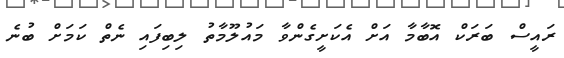
ރައީސް ބަރަކް އޮބާމާ އަށް އެކަށީގެންވާ މައުލޫމާތު ލިބިފައި ނެތް ކަމަށް ބުނެ